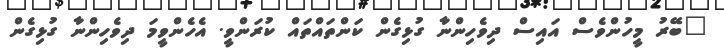
"ބޭރު މީހުންވެސް އައިސް ދިވެހިންނާ ގުޅިގެން ކަންތައްތައް ކުރަންވީ. އެހެންވީމަ ދިވެހިންނާ ގުޅިގެން